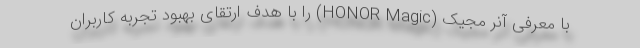
با معرفی آنر مجیک (HONOR Magic) را با هدف ارتقای بهبود تجربه کاربران